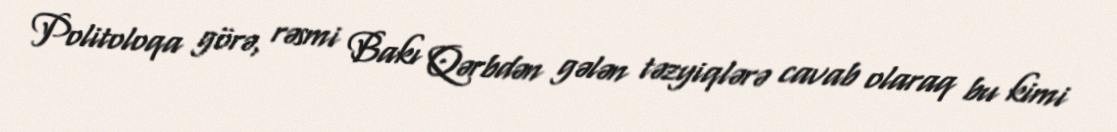
Politoloqa görə, rəsmi Bakı Qərbdən gələn təzyiqlərə cavab olaraq bu kimi